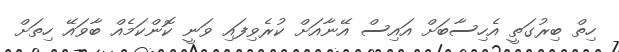
ހިތް ބިރުގަތީ އެހިސާބަށް އައިސް އޭނާއަށް ކުރެވިފައި ވަނީ ކޮންކަމެއް ބާވައޭ ހިތަށް